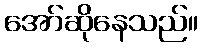
အော်ဆိုနေသည်။